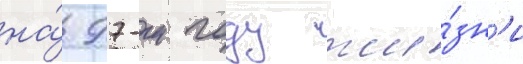
на́ 97-м году жи́зн'и